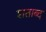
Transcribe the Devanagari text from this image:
शताब्द